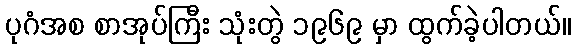
ပုဂံအစ စာအုပ်ကြီး သုံးတွဲ ၁၉၆၉ မှာ ထွက်ခဲ့ပါတယ်။